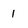
Character: 1